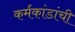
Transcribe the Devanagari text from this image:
कर्मकांडांची